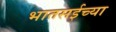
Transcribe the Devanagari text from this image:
भातसईच्या